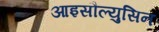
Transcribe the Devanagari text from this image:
आइसौल्युसिन